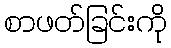
စာဖတ်ခြင်းကို